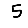
Digit: 5